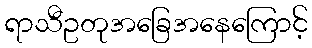
ရာသီဥတုအခြေအနေကြောင့်